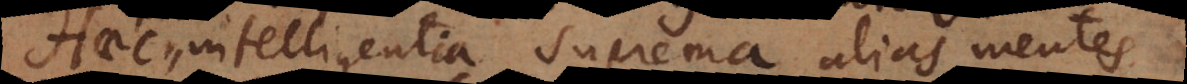
intelligentia suprema alias mentes